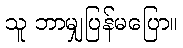
သူ ဘာမျှပြန်မပြော။